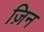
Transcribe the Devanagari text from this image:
ज़िन